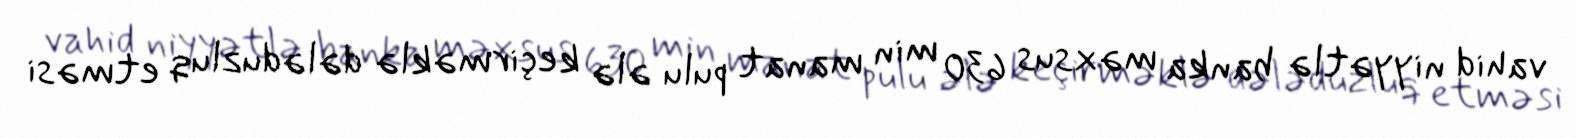
vahid niyyətlə banka məxsus 630 min manat pulu ələ keçirməklə dələduzluq etməsi